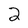
Character: 2